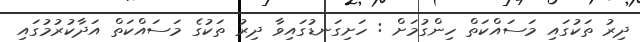
ދިރު ތަކުގައި މަސައްކަތް ހިންގުމަށް : ހަށިގަނޑުގައިވާ ދިރު ތަކުގެ މަސައްކަތް އަދާކުރުމުގައި